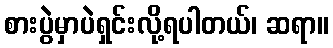
စားပွဲမှာပဲရှင်းလို့ရပါတယ်၊ ဆရာ။